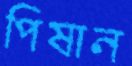
পিষান